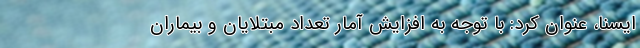
ایسنا، عنوان کرد: با توجه به افزایش آمار تعداد مبتلایان و بیماران